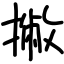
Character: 撇